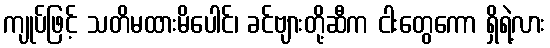
ကျုပ်ဖြင့် သတိမထားမိပေါင်၊ ခင်ဗျားတို့ဆီက ငါးတွေကော ရှိရဲ့လား